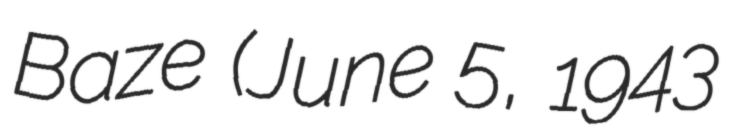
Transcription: Baze (June 5, 1943